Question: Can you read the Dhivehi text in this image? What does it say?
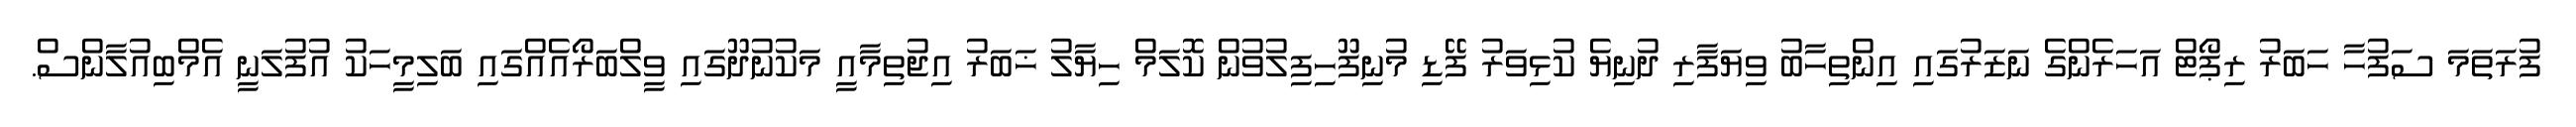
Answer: ފުރަތަމަ ސަފުހާ ހަބަރު ރިޕޯޓް އަހަރެންގެ ނަޒަރުގައި އިންތިހާބު ވިޔަފާރި ދުނިޔެ ކުޅިވަރު ފޭޑި މުނިފޫހިފިލުވުން ކޮލަމް ހިޔާލު ޚަބަރު އިޖުތިމާއީ މަކުނުދޫގައި ވީލްބަރޯއެއްގައި ބަލިމީހަކު އުފުލަނީ އެމްބިއުލާންސް.